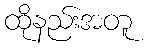
ထိုနည်းအတူ